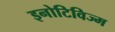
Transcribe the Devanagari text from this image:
इनोटिविज्म